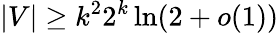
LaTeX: |V|\geq k^{2}2^{k}\ln(2+o(1))